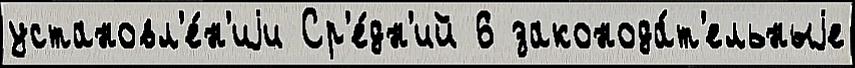
установл'е́н'иjи Ср'е́дн'ий 6 законода́т'ельныjе